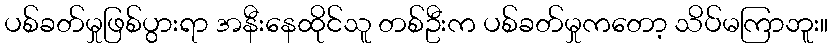
ပစ်ခတ်မှုဖြစ်ပွားရာ အနီးနေထိုင်သူ တစ်ဦးက ပစ်ခတ်မှုကတော့ သိပ်မကြာဘူး။